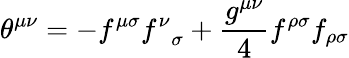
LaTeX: {\theta}^{{\mu}{\nu}}=-f^{{\mu}{\sigma}}f_{\; \; {\sigma}}^{\nu}+\frac{g^{{\mu}{\nu}}}{4}f^{{\rho}{\sigma}}f_{{\rho}{\sigma}}